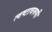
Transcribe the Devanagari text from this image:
त्वष्टावरूपी